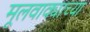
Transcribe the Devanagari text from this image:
मूलवाक्याच्या